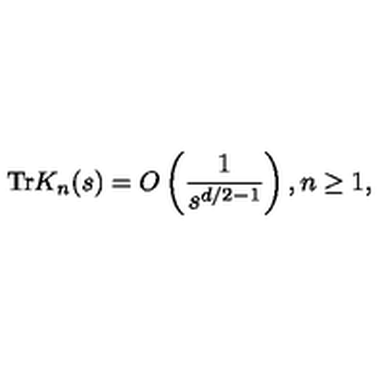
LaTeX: \mathrm { T r } K _ { n } ( s ) = O \left( \frac { 1 } { s ^ { d / 2 - 1 } } \right) , n \geq 1 ,